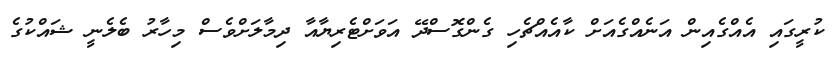
ކުރީގައި އެއްގެއިން އަނެއްގެއަށް ކާއެއްޗެހި ގެންގޮސްދޭ އަވަށްޓެރިޔާއާ ދިމާލަށްވެސް މިހާރު ބެލެނީ ޝައްކުގެ